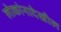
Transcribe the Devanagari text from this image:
लोकांनादेखील